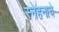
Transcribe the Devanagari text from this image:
स्नेहनाचे